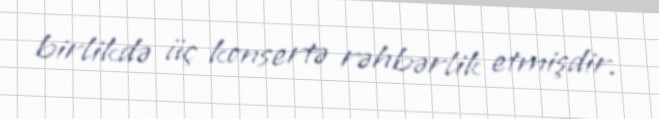
birlikdə üç konsertə rəhbərlik etmişdir.